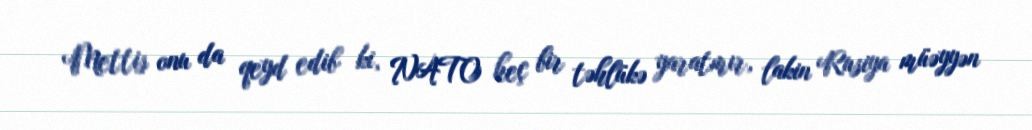
Mettis onu da qeyd edib ki, NATO heç bir təhlükə yaratmır, lakin Rusiya müəyyən